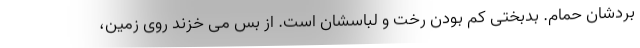
بردشان حمام. بدبختی کم بودن رخت و لباسشان است. از بس می خزند روی زمین،